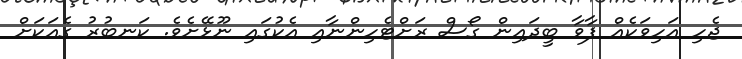
ޖެހި އަހިވަކެއް ފާވާ ބީދައިން ގޯސް ރަށްޓެހިންނާއި އެކުގައި ނޫޅޭށެވެ. ކަނބުރު ގެއަކަށް